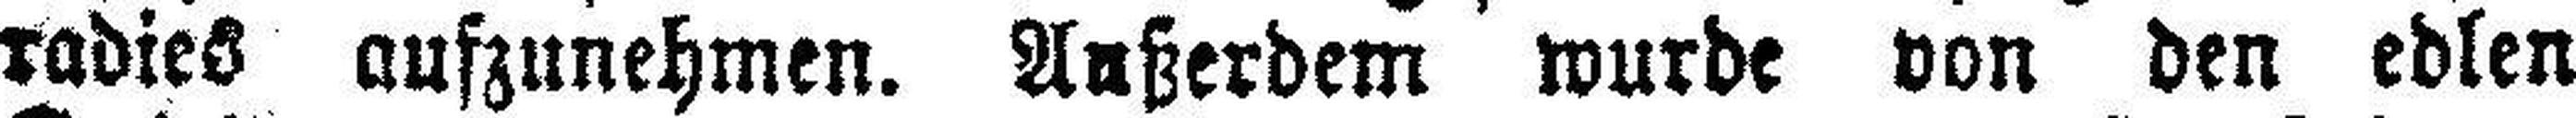
radies aufzunehmen. Außerdem wurde von den edlen